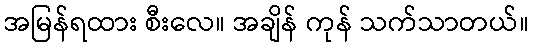
အမြန်ရထား စီးလေ။ အချိန် ကုန် သက်သာတယ်။